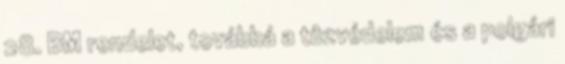
28. BM rendelet, továbbá a tûzvédelem és a polgári